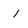
Character: i